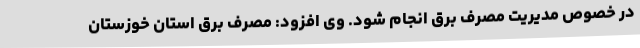
در خصوص مدیریت مصرف برق انجام شود. وی افزود: مصرف برق استان خوزستان